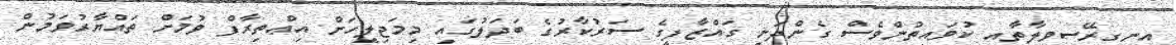
އިނގިރޭސިވިލާތާއި ކުވައިތުންވެސް ގެންދަނީ ގައްޒާފީގެ ސަރުކާރުގެ ބަދަލުގައި މިމަޖިލީހަށް އިޢްތިރާފް ވުމަށް ތައްޔާރުވަމުން